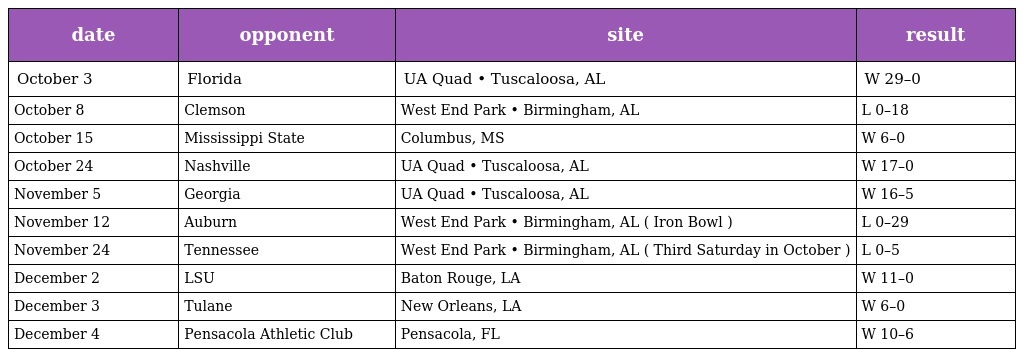
| date | opponent | site | result |
 | --- | --- | --- | --- |
 | October 3 | Florida | UA Quad • Tuscaloosa, AL | W 29–0 |
 | October 8 | Clemson | West End Park • Birmingham, AL | L 0–18 |
 | October 15 | Mississippi State | Columbus, MS | W 6–0 |
 | October 24 | Nashville | UA Quad • Tuscaloosa, AL | W 17–0 |
 | November 5 | Georgia | UA Quad • Tuscaloosa, AL | W 16–5 |
 | November 12 | Auburn | West End Park • Birmingham, AL ( Iron Bowl ) | L 0–29 |
 | November 24 | Tennessee | West End Park • Birmingham, AL ( Third Saturday in October ) | L 0–5 |
 | December 2 | LSU | Baton Rouge, LA | W 11–0 |
 | December 3 | Tulane | New Orleans, LA | W 6–0 |
 | December 4 | Pensacola Athletic Club | Pensacola, FL | W 10–6 |